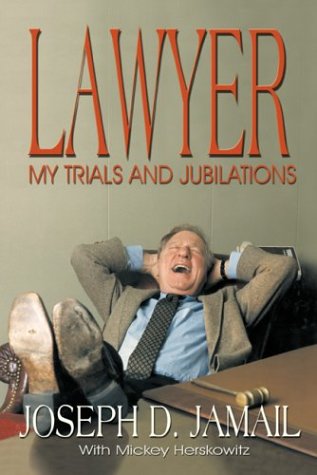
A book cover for Lawyer: My Trials and Jubilations; Joe D. Jamail; Law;